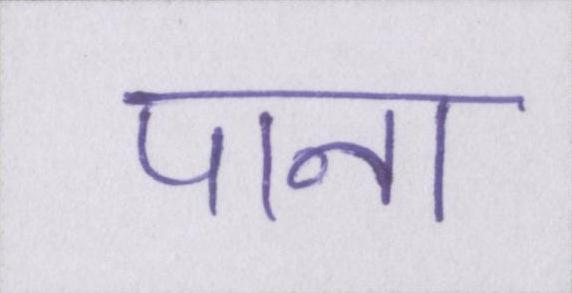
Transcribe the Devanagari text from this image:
पाना